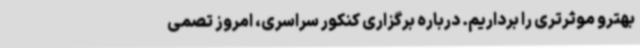
بهترو موثرتری را برداریم. درباره برگزاری کنکور سراسری، امروز تصمی